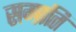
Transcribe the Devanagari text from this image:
सम्‍प्रति